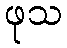
ဖုသ